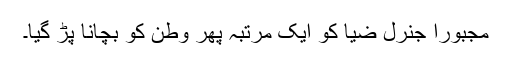
مجبوراً جنرل ضیا کو ایک مرتبہ پھر وطن کو بچانا پڑ گیا۔